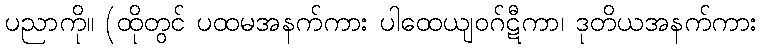
ပညာကို။ (ထိုတွင် ပထမအနက်ကား ပါထေယျဝဂ်ဋီကာ၊ ဒုတိယအနက်ကား